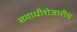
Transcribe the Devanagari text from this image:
समाधीशेजारीच